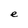
Character: e